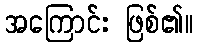
အကြောင်း ဖြစ်၏။